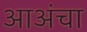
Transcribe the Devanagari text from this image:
आअंचा